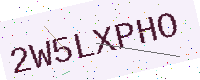
Text: 2W5LXPHO